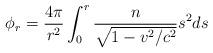
LaTeX: \begin{align*}\phi_{r}=\frac{4\pi}{r^{2}}\int_{0}^{r}\frac{n}{\sqrt{1-v^{2}/c^{2}}}s^{2}ds\end{align*}